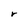
Character: r